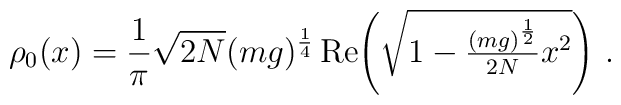
\rho_{0}(x)=\frac{1}{\pi}\sqrt{2N}(mg)^{\frac{1}{4}}\,\mbox{Re}\!\left(\sqrt{1-\textstyle{\frac{(mg)^{\frac{1}{2}}}{2N}}x^{2}}\right)\,.